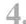
4.